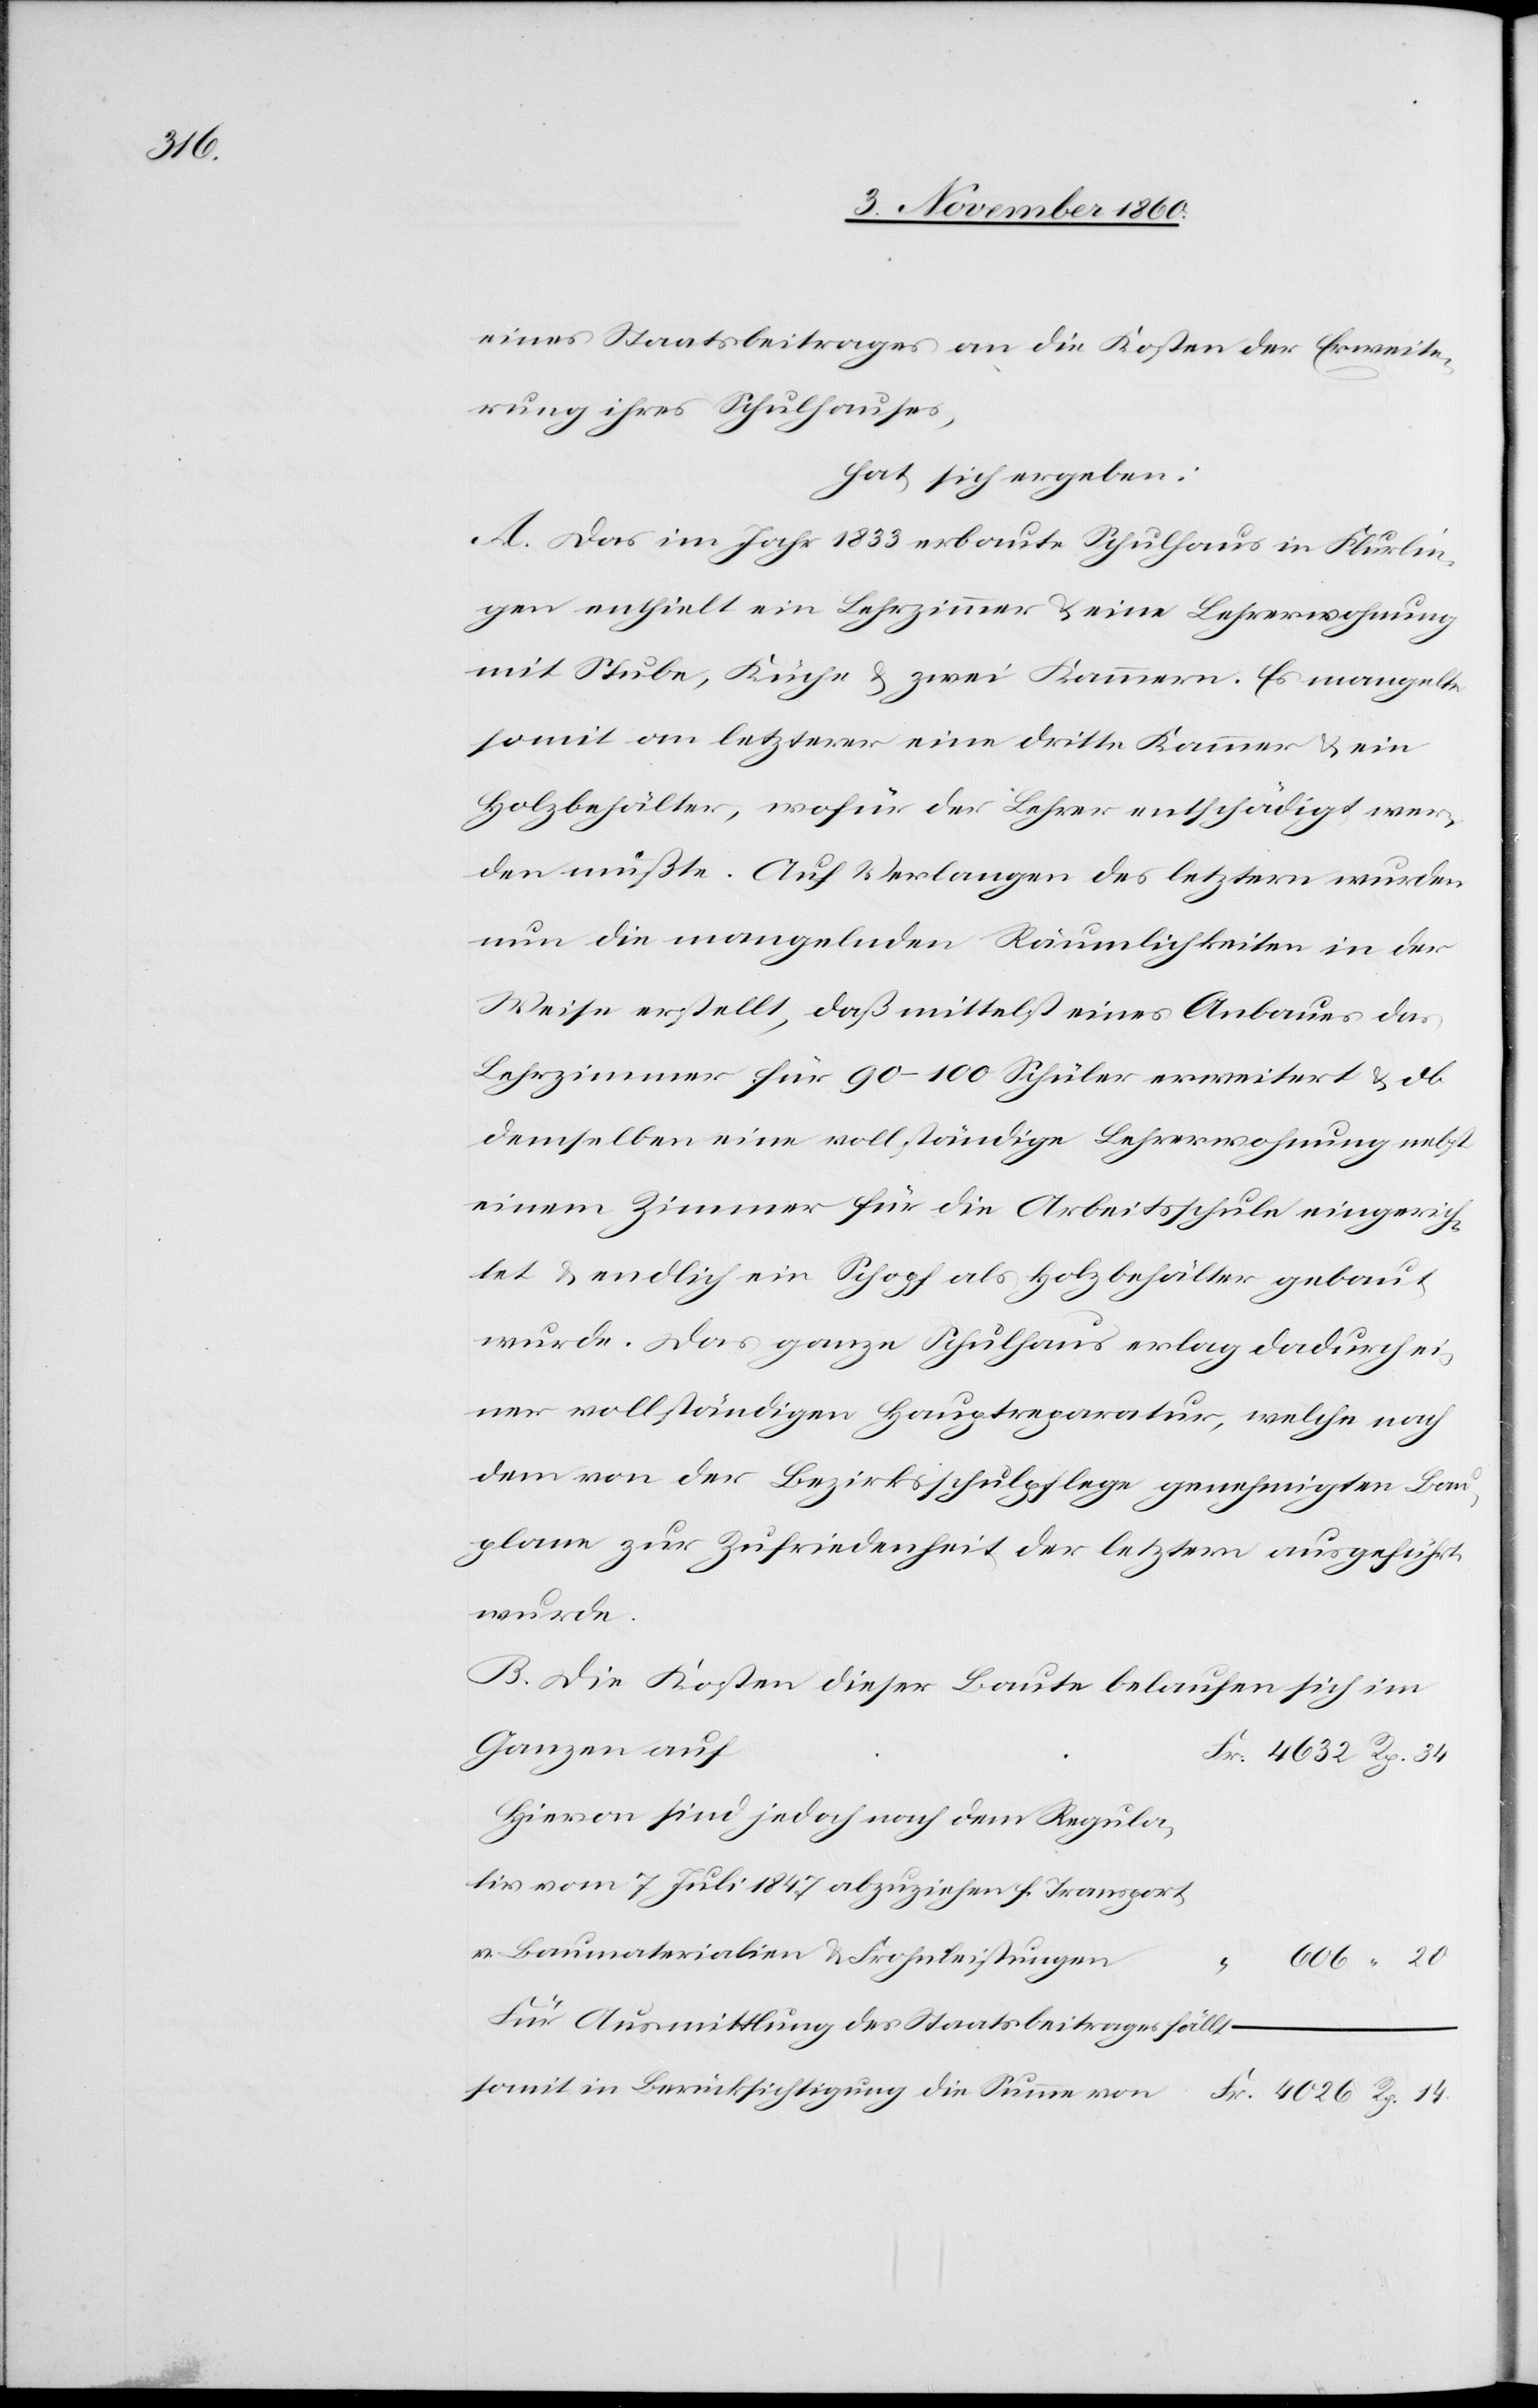
4026

eines Staatsbeitrages an die Kosten der Erweite¬
rung ihres Schulhauses,
hat sich ergeben:
A. Das im Jahr 1833 erbaute Schulhaus in Flurlin¬
gen enthielt ein Lehrzimmer u. eine Lehrerwohnung
mit Stube, Küche u. zwei Kammern. Es mangelte
somit an letzterer eine dritte Kammer u. ein
Holzbehälter, wofür der Lehrer entschädigt wer¬
den müßte. Auf Verlangen des letztern wurden
nun die mangelnden Räumlichkeiten in der
Weise erstellt, daß mittelst eines Anbaues das
Lehrzimmer für 90–100 Schüler erweitert u. ob
demselben eine vollständige Lehrerwohnung nebst
einem Zimmer für die Arbeitsschule eingerich¬
tet u. endlich ein Schopf als Holzbehälter gebaut
wurde. Das ganze Schulhaus erlag dadurch ei¬
ner vollständigen Hauptreparatur, welche nach
dem von der Bezirksschulpflege genehmigten Bau¬
plane zur Zufriedenheit der letztern ausgeführt
wurde.
B. Die Kosten dieser Baute belaufen sich im
Ganzen auf
Hievon sind jedoch nach dem Regula¬
tiv vom 7. Juli 1847 abzuziehen f. Transport
v. Baumaterialien u. Frohndienstleistungen
20
Für Ausmittlung des Staatsbeitrages fällt
somit in Berücksichtigung die Summe von